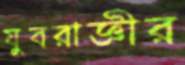
যুবরাজ্ঞীর